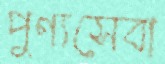
পুণ্যসেবা